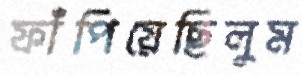
ফাঁপিয়েছিলুম